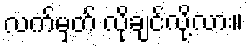
လက်မှတ် လိုချင်လို့လား။